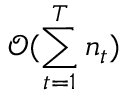
\mathcal { O } ( \sum _ { t = 1 } ^ { T } n _ { t } )